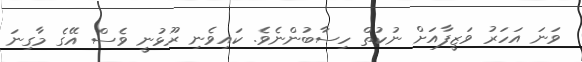
ވަނަ އަހަރު ވަޒީފާއަށް ނުކުތް ހިސާބުންނެވެ. ކައިވެނި ރޫޅުނީ ވެސް އޭގެ މާގިނަ